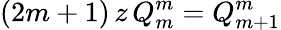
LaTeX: (2m+1)\, z\, Q_{m}^{m}=Q_{m+1}^{m}